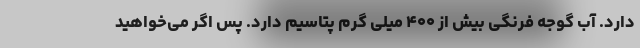
دارد. آب گوجه فرنگی بیش از ۴۰۰ میلی گرم پتاسیم دارد. پس اگر می‌خواهید